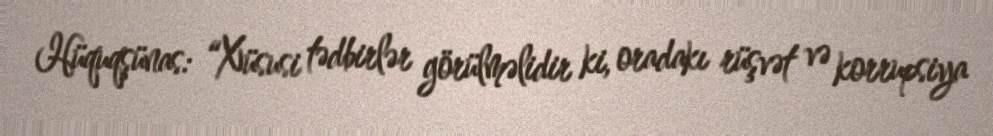
Hüquqşünas: “Xüsusi tədbirlər görülməlidir ki, oradakı rüşvət və korrupsiya